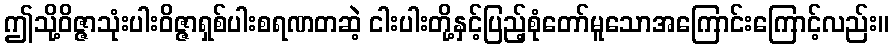
ဤသို့ဝိဇ္ဇာသုံးပါးဝိဇ္ဇာရှစ်ပါးစရဏတဆဲ့ ငါးပါးတို့နှင့်ပြည့်စုံတော်မူသောအကြောင်းကြောင့်လည်း။